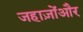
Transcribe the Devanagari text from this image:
जहाज़ोंऔर